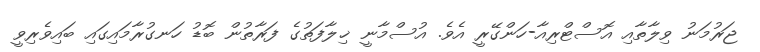
ޖަރުމަނު ވިލާތާއި އޮސްޓްރިއާ-ހަންގޭރީ އެވެ. އުސްމާނީ ޚިލާފަތުގެ ފަރާތުން ބޮޑު ހަނގުރާމައިގައި ބައިވެރިވީ